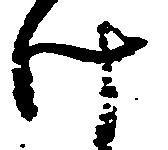
け